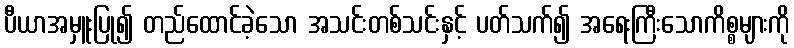
ပီယာအမှူးပြု၍ တည်ထောင်ခဲ့သော အသင်းတစ်သင်းနှင့် ပတ်သက်၍ အရေးကြီးသောကိစ္စများကို